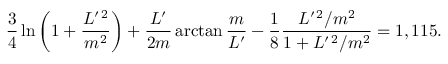
\frac 3 4 \ln \left( 1 + \frac { L ^ { \prime \, 2 } } { m ^ { 2 } } \right) + \frac { L ^ { \prime } } { 2 m } \arctan \frac m { L ^ { \prime } } - \frac 1 8 \frac { L ^ { \prime \, 2 } / m ^ { 2 } } { 1 + L ^ { \prime \, 2 } / m ^ { 2 } } = 1 , 1 1 5 .